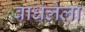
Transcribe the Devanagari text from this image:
बाधंलेला